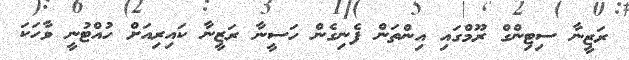
ރަޒީނާ ސިޓިންގް ރޫމްގައި އިންތަން ފެނިގެން ހަސީނާ ރަޒީނާ ކައިރިއަށް ހުއްޓުނީ ވާހަކަ